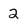
Character: 2